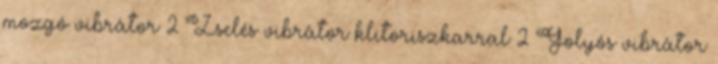
mozgó vibrátor 2 Zselés vibrátor klitoriszkarral 2 Golyós vibrátor